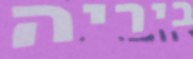
ביריה